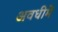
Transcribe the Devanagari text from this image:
अवधीमें